Indian journal of veterinary science and animal husbandry - Volume 13,
Year: 1943
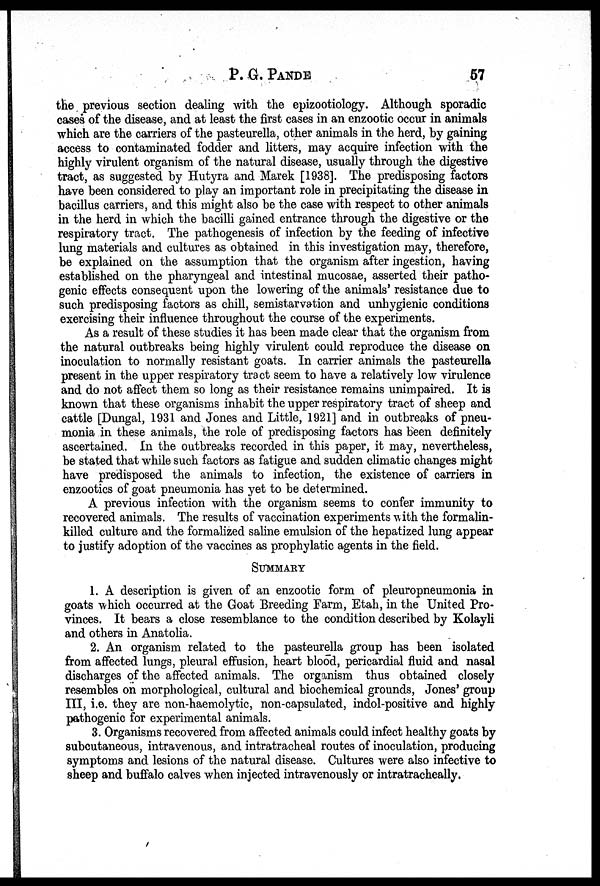
P. G. PANDE 57
the previous section dealing with the epizootiology. Although sporadic
cases of the disease, and at least the first cases in an enzootic occur in animals
which are the carriers of the pasteurella, other animals in the herd, by gaining
access to contaminated fodder and litters, may acquire infection with the
highly virulent organism of the natural disease, usually through the digestive
tract, as suggested by Hutyra and Marek [1938]. The predisposing factors
have been considered to play an important role in precipitating the disease in
bacillus carriers, and this might also be the case with respect to other animals
in the herd in which the bacilli gained entrance through the digestive or the
respiratory tract. The pathogenesis of infection by the feeding of infective
lung materials and cultures as obtained in this investigation may, therefore,
be explained on the assumption that the organism after ingestion, having
established on the pharyngeal and intestinal mucosae, asserted their patho-
genic effects consequent upon the lowering of the animals' resistance due to
such predisposing factors as chill, semistarvation and unhygienic conditions
exercising their influence throughout the course of the experiments.
As a result of these studies it has been made clear that the organism from
the natural outbreaks being highly virulent could reproduce the disease on
inoculation to normally resistant goats. In carrier animals the pasteurella
present in the upper respiratory tract seem to have a relatively low virulence
and do not affect them so long as their resistance remains unimpaired. It is
known that these organisms inhabit the upper respiratory tract of sheep and
cattle [Dungal, 1931 and Jones and Little, 1921] and in outbreaks of pneu-
monia in these animals, the role of predisposing factors has been definitely
ascertained. In the outbreaks recorded in this paper, it may, nevertheless,
be stated that while such factors as fatigue and sudden climatic changes might
have predisposed the animals to infection, the existence of carriers in
enzootics of goat pneumonia has yet to be determined.
A previous infection with the organism seems to confer immunity to
recovered animals. The results of vaccination experiments with the formalin-
killed culture and the formalized saline emulsion of the hepatized lung appear
to justify adoption of the vaccines as prophylatic agents in the field.
SUMMARY
1. A description is given of an enzootic form of pleuropneumonia in
goats which occurred at the Goat Breeding Farm, Etah, in the United Pro-
vinces. It bears a close resemblance to the condition described by Kolayli
and others in Anatolia.
2. An organism related to the pasteurella group has been isolated
from affected lungs, pleural effusion, heart blood, pericardial fluid and nasal
discharges of the affected animals. The organism thus obtained closely
resembles on morphological, cultural and biochemical grounds, Jones' group
III, i.e. they are non-haemolytic, non-capsulated, indol-positive and highly
pathogenic for experimental animals.
3. Organisms recovered from affected animals could infect healthy goats by
subcutaneous, intravenous, and intratracheal routes of inoculation, producing
symptoms and lesions of the natural disease. Cultures were also infective to
sheep and buffalo calves when injected intravenously or intratracheally.